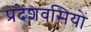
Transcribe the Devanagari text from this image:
प्रदेशवसियों